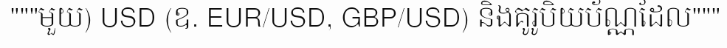
"""មួយ) USD (ឧ. EUR/USD, GBP/USD) និងគូរូបិយប័ណ្ណដែល"""